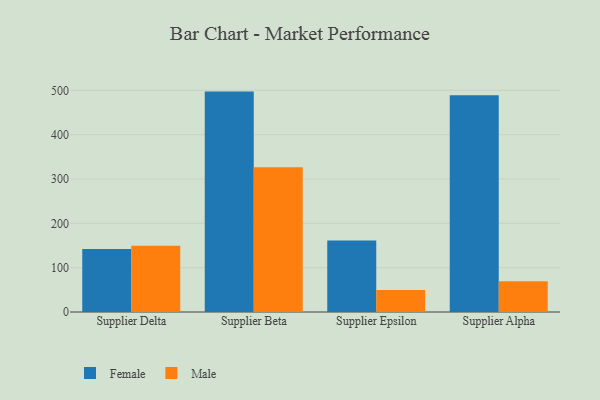
{"axis": {"x": "Supplier", "y": "Website Visitors"}, "legend": ["Female", "Male"], "data": [{"x": "Supplier Delta", "y": 142.1, "type": "Female"}, {"x": "Supplier Delta", "y": 149.2, "type": "Male"}, {"x": "Supplier Beta", "y": 497.1, "type": "Female"}, {"x": "Supplier Beta", "y": 326.7, "type": "Male"}, {"x": "Supplier Epsilon", "y": 161.3, "type": "Female"}, {"x": "Supplier Epsilon", "y": 49.6, "type": "Male"}, {"x": "Supplier Alpha", "y": 489.0, "type": "Female"}, {"x": "Supplier Alpha", "y": 69.1, "type": "Male"}]}